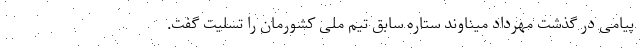
پیامی در گذشت مهرداد میناوند ستاره سابق تیم ملی کشورمان را تسلیت گفت.